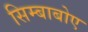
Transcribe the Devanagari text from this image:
सिम्बाबोए